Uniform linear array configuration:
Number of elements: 12
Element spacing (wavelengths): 0.75
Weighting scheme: blackman
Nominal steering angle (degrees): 60
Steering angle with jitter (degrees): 58.538
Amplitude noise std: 0.05
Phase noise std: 0.05

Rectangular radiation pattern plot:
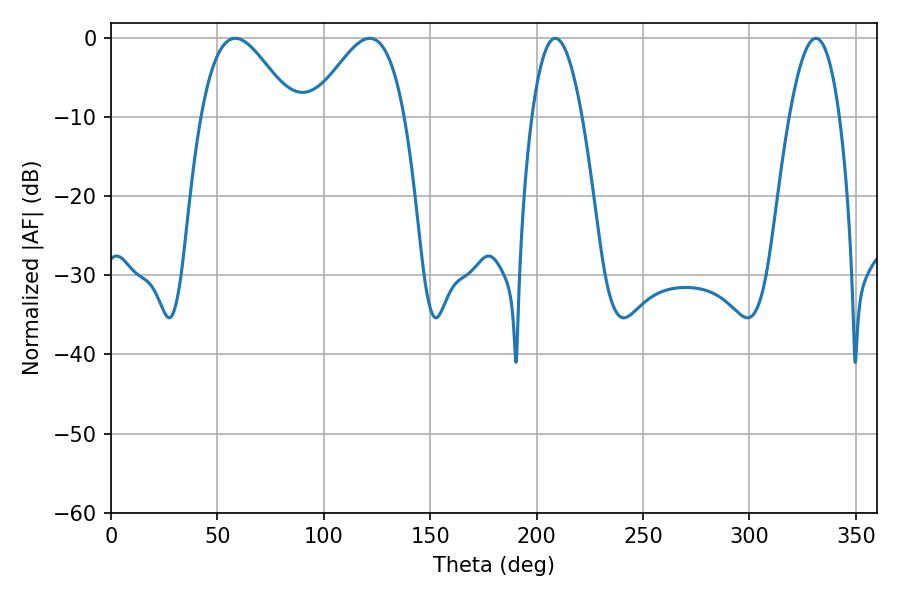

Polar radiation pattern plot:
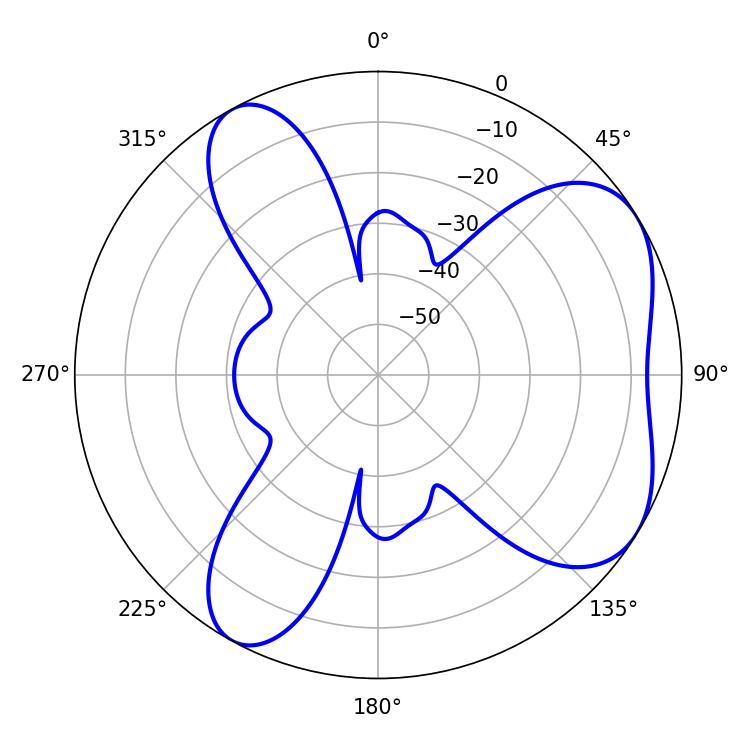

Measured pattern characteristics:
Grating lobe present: TRUE
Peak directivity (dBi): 5.536
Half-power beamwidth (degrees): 12.96
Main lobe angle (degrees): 208.8